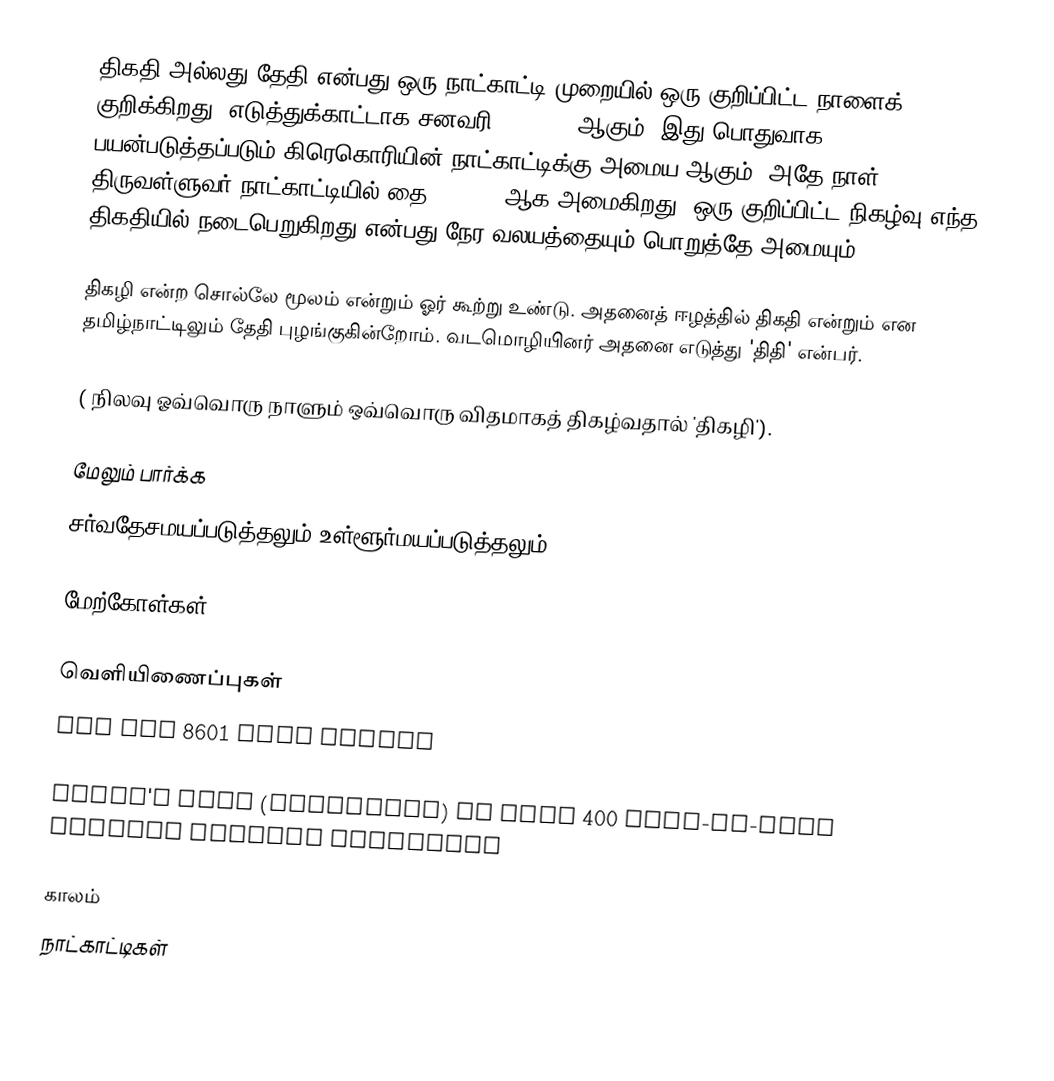
திகதி அல்லது தேதி என்பது ஒரு நாட்காட்டி முறையில் ஒரு குறிப்பிட்ட நாளைக் குறிக்கிறது. எடுத்துக்காட்டாக சனவரி 14, 2009 ஆகும். இது பொதுவாக பயன்படுத்தப்படும் கிரெகொரியின் நாட்காட்டிக்கு அமைய ஆகும். அதே நாள் திருவள்ளுவர் நாட்காட்டியில் தை 1, 2040 ஆக அமைகிறது. ஒரு குறிப்பிட்ட நிகழ்வு எந்த திகதியில் நடைபெறுகிறது என்பது நேர வலயத்தையும் பொறுத்தே அமையும்.

திகழி என்ற சொல்லே மூலம் என்றும் ஓர் கூற்று உண்டு.  அதனைத் ஈழத்தில் திகதி என்றும்   என தமிழ்நாட்டிலும் தேதி புழங்குகின்றோம்.  வடமொழியினர் அதனை எடுத்து 'திதி' என்பர்.

( நிலவு ஓவ்வொரு நாளும் ஒவ்வொரு விதமாகத் திகழ்வதால் 'திகழி').

மேலும் பார்க்க
சர்வதேசமயப்படுத்தலும் உள்ளூர்மயப்படுத்தலும்

மேற்கோள்கள்

வெளியிணைப்புகள்
The ISO 8601 Date Format

Today's date (Gregorian) in over 400 more-or-less obscure foreign languages

காலம்
நாட்காட்டிகள்